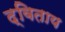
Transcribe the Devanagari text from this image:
द्विताय